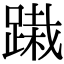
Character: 𨃭